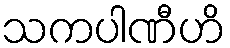
သကပါဏီဟိ